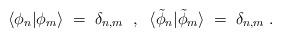
LaTeX: \begin{align*} \langle \phi_n | \phi_m \rangle \;=\; \delta_{n,m} \;\;,\;\; \langle {\tilde \phi}_n | {\tilde \phi}_m \rangle \;=\; \delta_{n,m} \;.\end{align*}